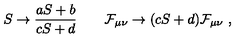
S \to { \frac { a S + b } { c S + d } } \qquad { \cal F } _ { \mu \nu } \to ( c S + d ) { \cal F } _ { \mu \nu } \ ,